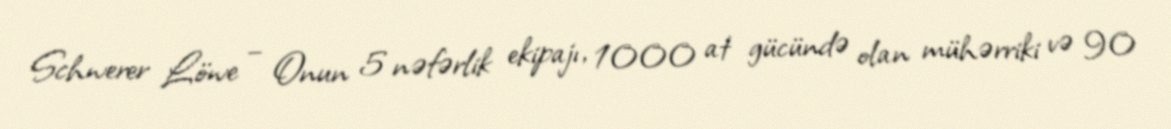
Schwerer Löwe – Onun 5 nəfərlik ekipajı, 1000 at gücündə olan mühərriki və 90